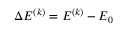
\Delta E ^ { ( k ) } = E ^ { ( k ) } - E _ { 0 }